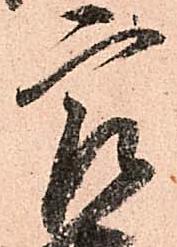
最